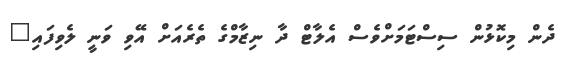
ދެން މިކޮޅުން ސިސްޓަމަށްވެސް އެލާޓް ދާ ނިޒާމްގެ ތެރެއަށް އޭވި ވަނީ ލެވިފައި"